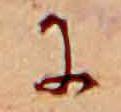
に